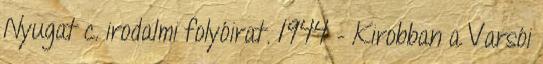
Nyugat c. irodalmi folyóirat. 1944 – Kirobban a Varsói